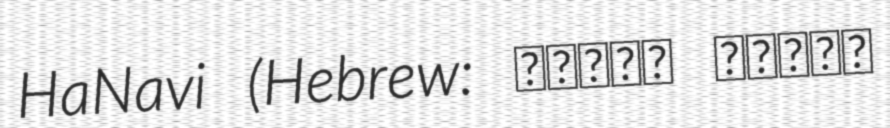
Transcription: HaNavi (Hebrew: שיכון שמואל